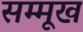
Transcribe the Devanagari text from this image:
सम्मूख